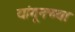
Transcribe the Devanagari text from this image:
यांगूनच्या